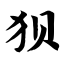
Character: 狈